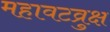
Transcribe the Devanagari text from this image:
महावटव्रुक्ष